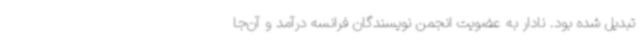
تبدیل شده بود. نادار به عضویت انجمن نویسندگان فرانسه درآمد و آن‌جا